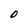
Character: O